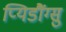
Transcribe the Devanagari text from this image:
प्यिडौंग्सु